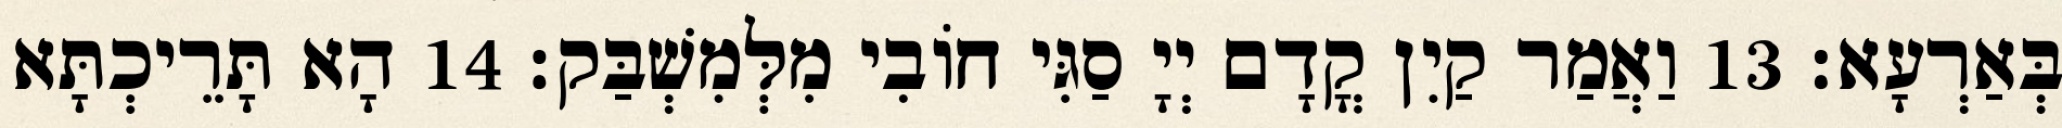
בְּאַרְעָא׃ 13 וַאֲמַר קַיִן קֳדָם יְיָ סַגִּי חוֹבִי מִלְּמִשְׁבַּק׃ 14 הָא תָּרֵיכְתָּא